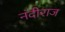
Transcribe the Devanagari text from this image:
नंदीराज